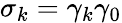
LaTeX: \sigma_{k}=\gamma_{k}\gamma_{0}